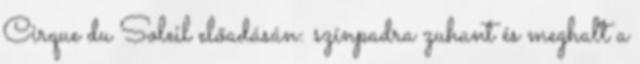
Cirque du Soleil előadásán: színpadra zuhant és meghalt a